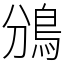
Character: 鳻